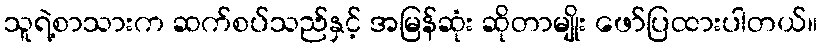
သူရဲ့စာသားက ဆက်စပ်သည်နှင့် အမြန်ဆုံး ဆိုတာမျိုး ဖော်ပြထားပါတယ်။